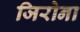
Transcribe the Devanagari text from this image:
जिरोना